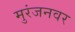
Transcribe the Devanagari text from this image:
मुरंजनवर